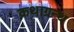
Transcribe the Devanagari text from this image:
कथाग्रन्थ